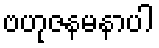
ဗဟုဇနမနာပါ